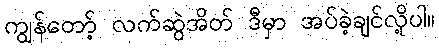
ကျွန်တော့် လက်ဆွဲအိတ် ဒီမှာ အပ်ခဲ့ချင်လို့ပါ။